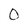
Character: 0